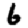
Digit: 6